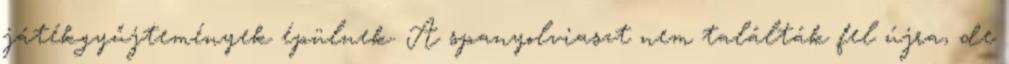
játékgyűjtemények épülnek. A spanyolviaszt nem találták fel újra, de